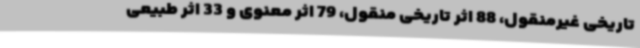
تاریخی غیرمنقول، 88 اثر تاریخی منقول، 79 اثر معنوی و 33 اثر طبیعی